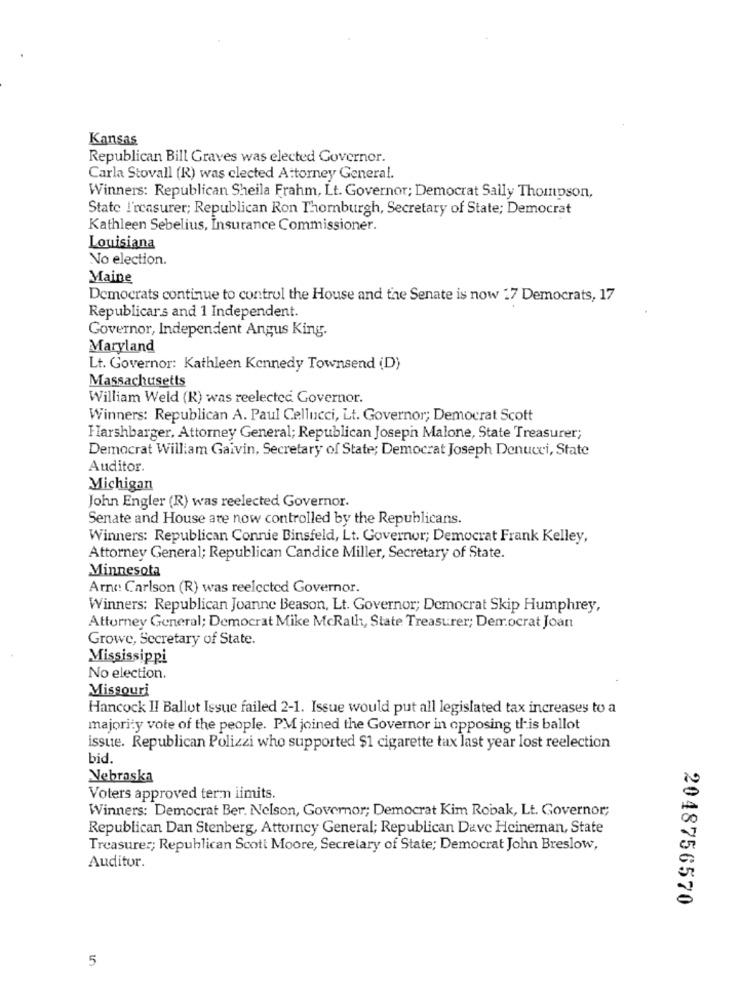
Kansas
Republican Bill Graves was elected Governor.
Carla Stovall (R) was clected Attorney General.
Winners: Republican Sheila Frahm, Lt. Governor; Democrat Sally Thompson,
State !'reasurer; Republican Ron Thomburgh, Secretary of State; Democrat
Kathleen Sebelius, Insurance Commissioner.
Louisiana
No election.
Maine
Democrats continue to control the House and the Senate is now 27 Democrats, 17
Republicars and 1 Independent.
Governor, Independent Angus King.
Maryland
Lt. Governor: Kathleen Kennedy Townsend (D)
Massachusetts
William Weld (K) was reelected Governor.
Winners: Republican A. Paul Cellucci, Lt. Governor; Democrat Scott
Harshbarger, Attorney General; Republican Joseph Malone, State Treasurer;
Democrat William Gaivin, Secretary of State; Democrat Joseph Denucci, State
Auditor.
Michigan
John Engler (R) was reelected Governor.
Senate and House are now controlled by the Republicans.
Winners: Republican Connie Binsfeld, Lt. Governor; Democrat Frank Kelley,
Attorney General; Republican Candice Miller, Secretary of State.
Minnesota
Arne: Carlson (R) was reelected Governor.
Winners: Republican Joanne Beason, Lt. Governor; Democrat Skip Humphrey,
Attorney General; Democrat Mike McRath, State Treasurer; Democrat Joan
Growe, Secretary of State.
Mississippi
No election.
Missouri
Hancock II Ballot Issue failed 2-1. Issue would put all legislated tax increases to a
majority vote of the people. PM joined the Governor in opposing this ballot
issue. Republican Polizzi who supported $1 cigarette tax last year lost reelection
bid.
Nebraska
Voters approved term limits.
Winners: Democrat Ber. Nelson, Governor; Democrat Kim Robak, Lt. Governor;
Republican Dan Stenberg, Attorney General; Republican Dave Heineman, State
Treasurer; Republican Scott Moore, Secretary of State; Democrat John Breslow,
Auditor.
2048756570
5